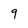
Character: 9